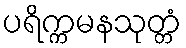
ပရိက္ကမနသုတ္တံ